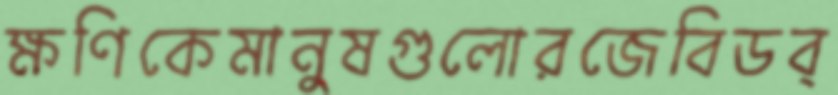
ক্ষণিকেমানুষগুলোরজেবিডব্